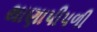
થાણાપીપળી